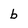
Character: b